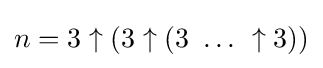
n=3\uparrow (3\uparrow (3\ \dots \ \uparrow 3))